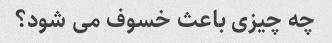
چه چیزی باعث خسوف می شود؟